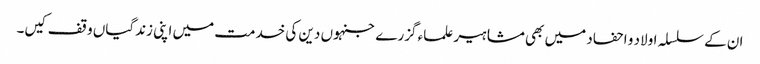
ان کے سلسلہ اولاد و احفاد میں بھی مشاہیر علماء گزرے جنہوں دین کی خدمت میں اپنی زندگیاں وقف کیں۔